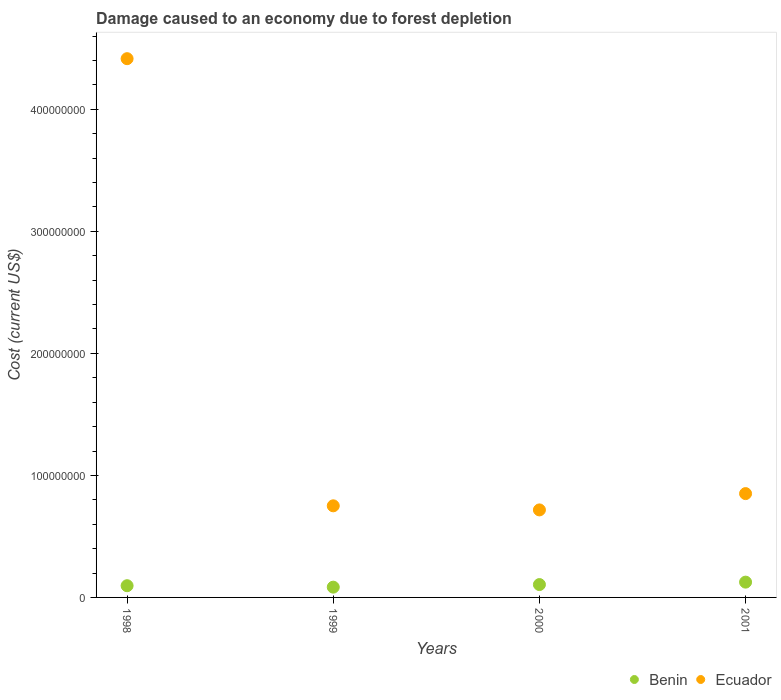
| Years | Benin | Ecuador |
 | --- | --- | --- |
 | 1998 | 9.6e+06 | 4.42e+08 |
 | 1999 | 8.42e+06 | 7.51e+07 |
 | 2000 | 1.05e+07 | 7.17e+07 |
 | 2001 | 1.25e+07 | 8.51e+07 |